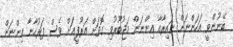
ބޭނުންވީ އަހަންނަށް ނައިރާއާ އިންނަން މަޖުބޫރުވި ގޮތަށް އަރުފީއަށް ވެސް ފަރުހާނާ އިންނަން